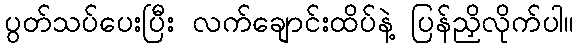
ပွတ်သပ်ပေးပြီး လက်ချောင်းထိပ်နဲ့ ပြန်ညှိလိုက်ပါ။